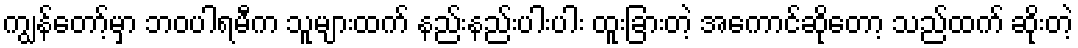
ကျွန်တော့်မှာ ဘဝပါရမီက သူများထက် နည်းနည်းပါးပါး ထူးခြားတဲ့ အကောင်ဆိုတော့ သည်ထက် ဆိုးတဲ့